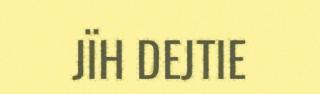
JÏH DEJTIE